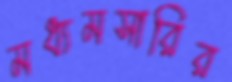
মধ্যমসারির